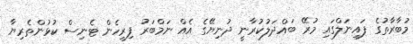
މުބާރާތުގެ ފައިނަލްގައި މުރޭ ބައްދަލުކުރާނީ ދުނިޔޭގެ އެއް ނަމްބަރު ފިރިހެން ޓެނިސް ކުޅުންތެރިޔާ